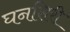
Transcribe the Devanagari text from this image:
घनसिरी